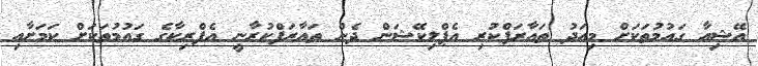
އޭޝިއާ ގައުމުތަކަށް މިއަދު ތައާރަފްކުރި އެޕްލިކޭޝަން ދެން ތައާރަފްކުރާނީ އެފްރިކާގެ ގައުމުތަކަށް ކަމަށާއި